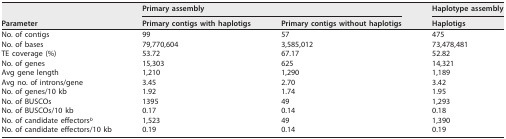
| <ROWSPAN=2> Parameter | <COLSPAN=2> Primary assembly | Haplotype assembly |
 | Primary contigs with haplotigs | Primary contigs without haplotigs | Haplotigs |
 | --- | --- | --- | --- |
 | No. of contigs | 99 | 57 | 475 |
 | No. of bases | 79,770,604 | 3,585,012 | 73,478,481 |
 | TE coverage (%) | 53.72 | 67.17 | 52.82 |
 | No. of genes | 15,303 | 625 | 14,321 |
 | Avg gene length | 1,210 | 1,290 | 1,189 |
 | Avg no. of introns/gene | 3.45 | 2.70 | 3.42 |
 | No. of genes/10 kb | 1.92 | 1.74 | 1.95 |
 | No. of BUSCOs | 1395 | 49 | 1,293 |
 | No. of BUSCOs/10 kb | 0.17 | 0.14 | 0.18 |
 | No. of candidate effectorsb | 1,523 | 49 | 1,390 |
 | No. of candidate effectors/10 kb | 0.19 | 0.14 | 0.19 |